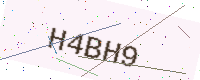
Text: H4BH9